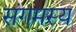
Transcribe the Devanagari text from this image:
संगमस्य